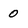
Character: 0